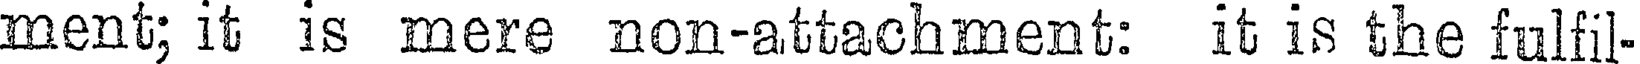
ment; it is mere non-attachment: it is the fulfil